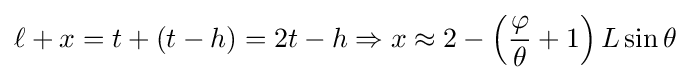
\ell +x=t+(t-h)=2t-h\Rightarrow x\approx 2-\left({\frac {\varphi }{\theta }}+1\right)L\sin \theta